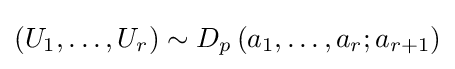
\left(U_{1},\ldots ,U_{r}\right)\sim D_{p}\left(a_{1},\ldots ,a_{r};a_{r+1}\right)